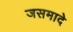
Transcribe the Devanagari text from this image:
जसमादे